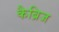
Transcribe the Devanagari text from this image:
कैब्रिज